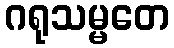
ဂရုသမ္မတေ